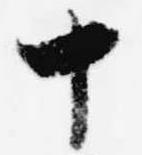
十